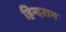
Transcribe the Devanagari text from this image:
हिन्दराग